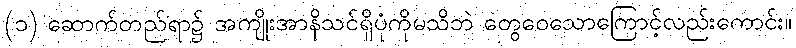
(၁) ဆောက်တည်ရာ၌ အကျိုးအာနိသင်ရှိပုံကိုမသိဘဲ တွေဝေသောကြောင့်လည်းကောင်း။